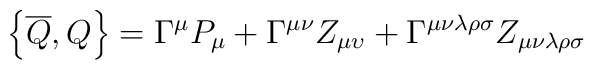
\left\{ \overline{Q},Q\right\} =\Gamma ^{\mu }P_{\mu }+\Gamma ^{\mu \nu}Z_{\mu \upsilon }+\Gamma ^{\mu \nu \lambda \rho \sigma }Z_{\mu \nu \lambda\rho \sigma }